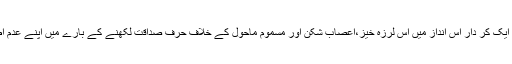
ان کے ایک افسانے خواب اور کہانی کا ایک کر دار اس انداز میں اس لرزہ خیز،اعصاب شکن اور مسموم ماحول کے خلاف حرف صداقت لکھنے کے بارے میں اپنے عدم اطمینان کا اظہار کرتے ہوئے لکھتا ہے۔